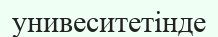
унивеситетінде